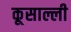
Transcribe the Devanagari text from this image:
कूसाल्ली